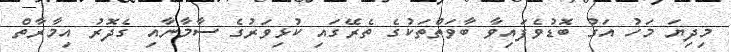
މިދިޔަ މަހު އަގު ބޮޑުވެފައިވާ ބާވަތްތަކުގެ ތެރޭގައި ކުޅިވަރުގެ ސާމާނާއި ގެދޮރު އިމާރާތް